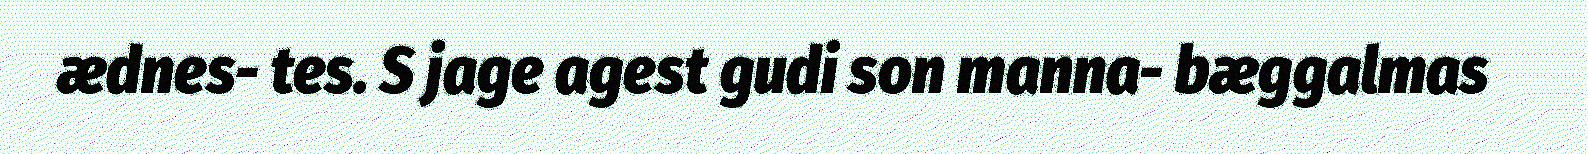
ædnes- tes. S jage agest gudi son manna- bæggalmas